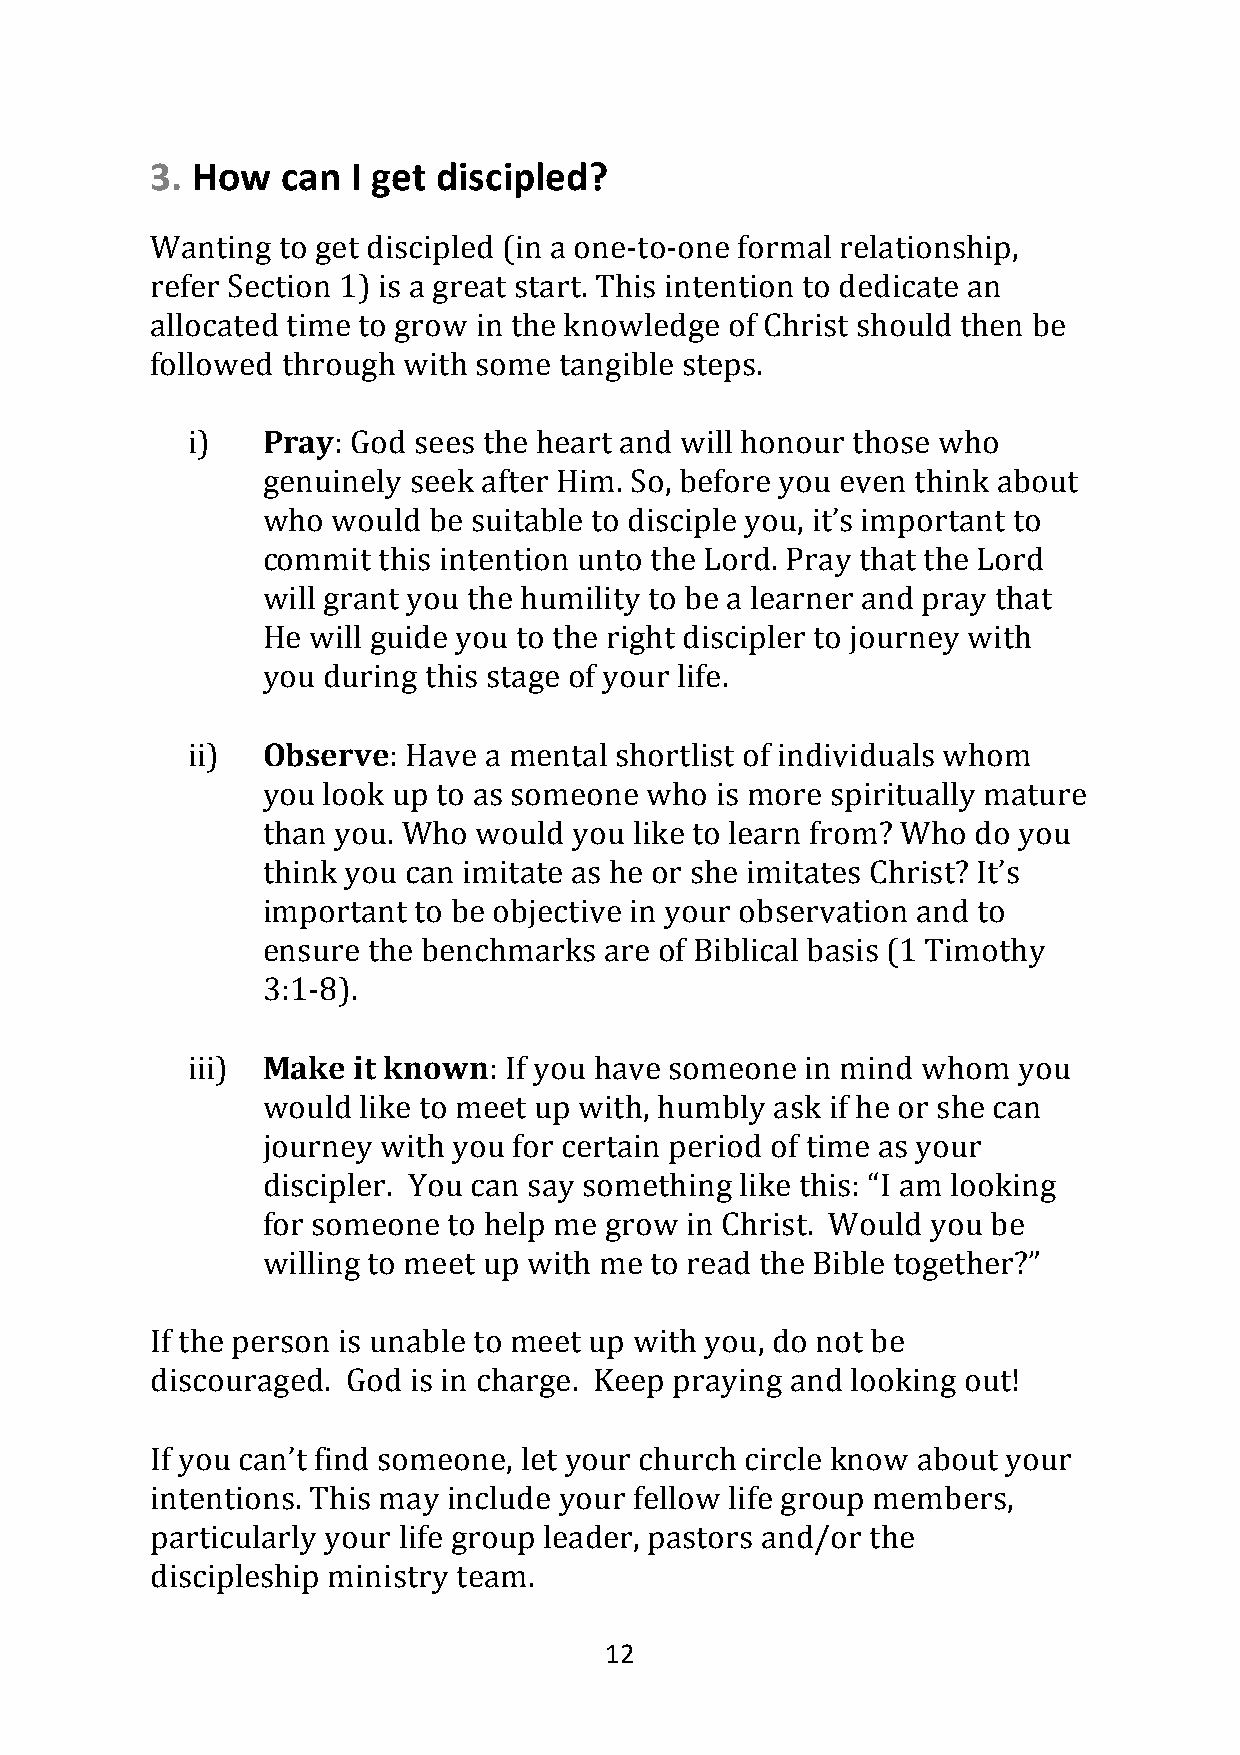
3. How   can I get discipled?
 Wanting to get discipled (in a one-to-one formal relationship,
 refer Section 1) is a great start. This intention to dedicate an
 allocated time to grow in the knowledge of Christ should then be
 followed through with some tangible steps.
 i)   Pray: God sees the heart and will honour those who
 genuinely seek after Him. So, before you even think about
 who  would be suitable to disciple you, it’s important to
 commit  this intention unto the Lord. Pray that the Lord
 will grant you the humility to be a learner and pray that
 He will guide you to the right discipler to journey with
 you during this stage of your life.
 ii)  Observe:  Have a mental shortlist of individuals whom
 you look up to as someone who is more spiritually mature
 than you. Who would  you like to learn from? Who do you
 think you can imitate as he or she imitates Christ? It’s
 important to be objective in your observation and to
 ensure the benchmarks  are of Biblical basis (1 Timothy
 3:1-8).
 iii) Make  it known: If you have someone in mind whom  you
 would  like to meet up with, humbly ask if he or she can
 journey with you for certain period of time as your
 discipler. You can say something like this: “I am looking
 for someone  to help me grow in Christ. Would you be
 willing to meet up with me to read the Bible together?”
 If the person is unable to meet up with you, do not be
 discouraged. God is in charge. Keep praying and looking out!
 If you can’t find someone, let your church circle know about your
 intentions. This may include your fellow life group members,
 particularly your life group leader, pastors and/or the
 discipleship ministry team.
 12